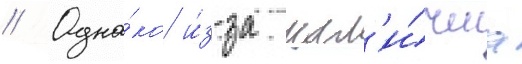
// Одна́ко и́з-за нал'и́чиа